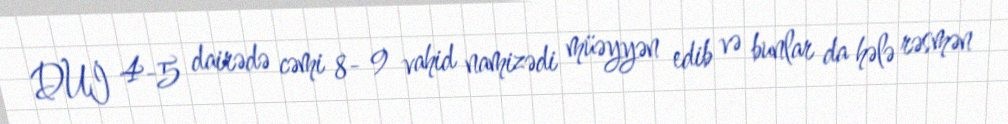
DUİ 4-5 dairədə cəmi 8- 9 vahid namizədi müəyyən edib və bunlar da hələ rəsmən